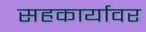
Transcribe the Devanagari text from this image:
सहकार्यावर